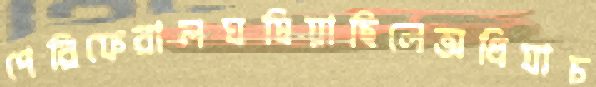
পেরিফেরালঘষিয়াছিলেঅধিযাচ